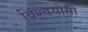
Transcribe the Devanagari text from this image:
विश्वयोगी